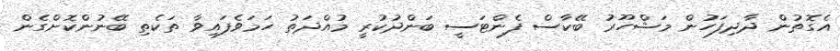
އެގޮތުން ދާދިފަހުން މަޝްހޫރު ބޭކާސް ފެންޓަސީ ބަންދުކުރީ މުއްދަތު ހަމަވެފައިވާ ތަކެތި ބޭނުންކޮށްގެން